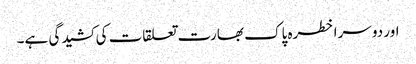
اور دوسرا خطرہ پاک بھارت تعلقات کی کشیدگی ہے۔